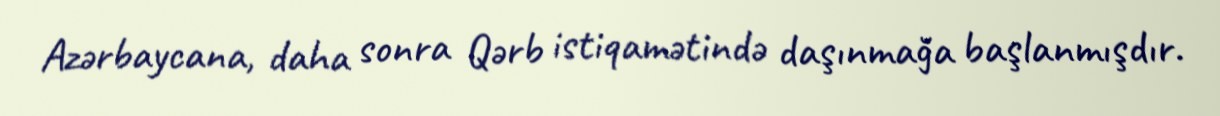
Azərbaycana, daha sonra Qərb istiqamətində daşınmağa başlanmışdır.